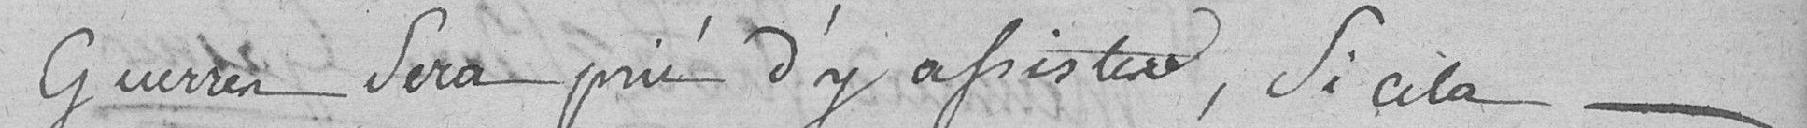
Guerres sera prié d'y assister, si cela